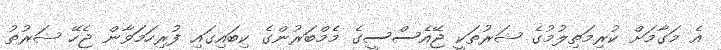
އެ މަގާމަށް ކުރިމަތިލުމުގެ ޝަރުތަކީ ޖޭއެސްސީގެ މެމްބަރުންގެ ކިބައިގައި ފުރިހަމަވާން ޖެހޭ ޝަރުތު